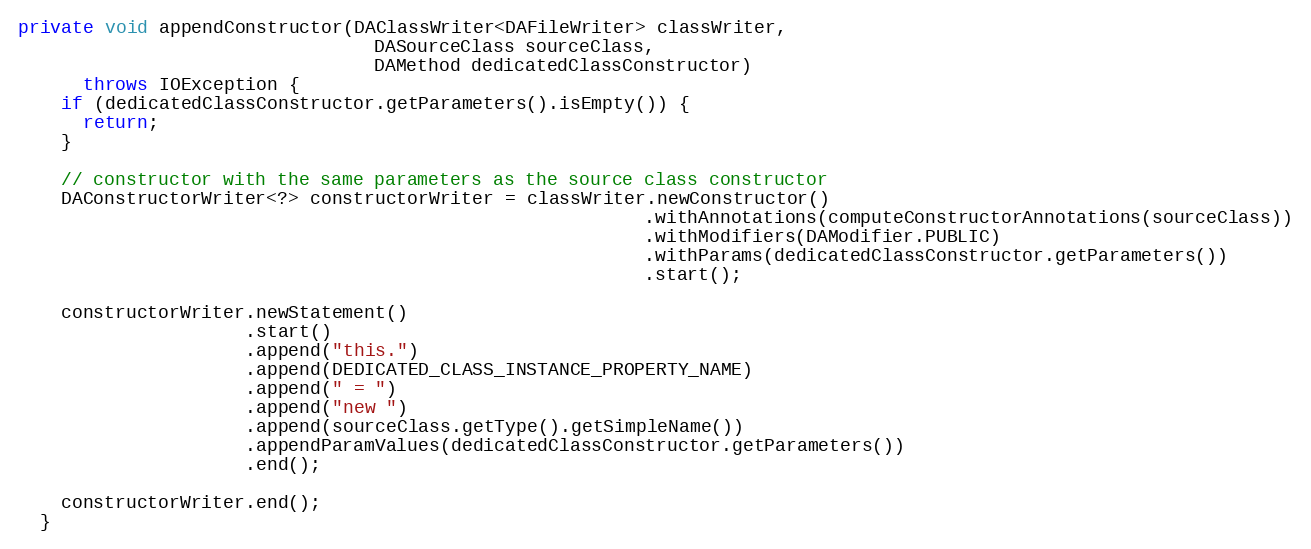
Language: Java
private void appendConstructor(DAClassWriter<DAFileWriter> classWriter,
                                 DASourceClass sourceClass,
                                 DAMethod dedicatedClassConstructor)
      throws IOException {
    if (dedicatedClassConstructor.getParameters().isEmpty()) {
      return;
    }

    // constructor with the same parameters as the source class constructor
    DAConstructorWriter<?> constructorWriter = classWriter.newConstructor()
                                                          .withAnnotations(computeConstructorAnnotations(sourceClass))
                                                          .withModifiers(DAModifier.PUBLIC)
                                                          .withParams(dedicatedClassConstructor.getParameters())
                                                          .start();

    constructorWriter.newStatement()
                     .start()
                     .append("this.")
                     .append(DEDICATED_CLASS_INSTANCE_PROPERTY_NAME)
                     .append(" = ")
                     .append("new ")
                     .append(sourceClass.getType().getSimpleName())
                     .appendParamValues(dedicatedClassConstructor.getParameters())
                     .end();

    constructorWriter.end();
  }